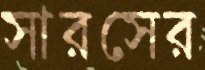
সারসের